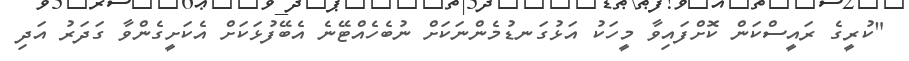
"ކުރީގެ ރައީސްކަން ކޮށްފައިވާ މީހަކު އަޅުގަނޑުމެންނަކަށް ނުބެހެއްޓޭނެ އެބޭފުޅަކަށް އެކަށީގެންވާ ގަދަރު އަދި